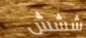
ششش